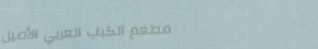
مطعم الكباب العربي الأصيل